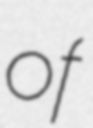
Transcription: of